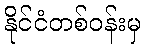
နိုင်ငံတစ်ဝန်းမှ